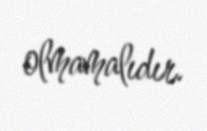
olmamalıdır.